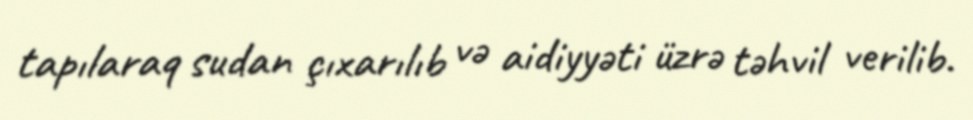
tapılaraq sudan çıxarılıb və aidiyyəti üzrə təhvil verilib.